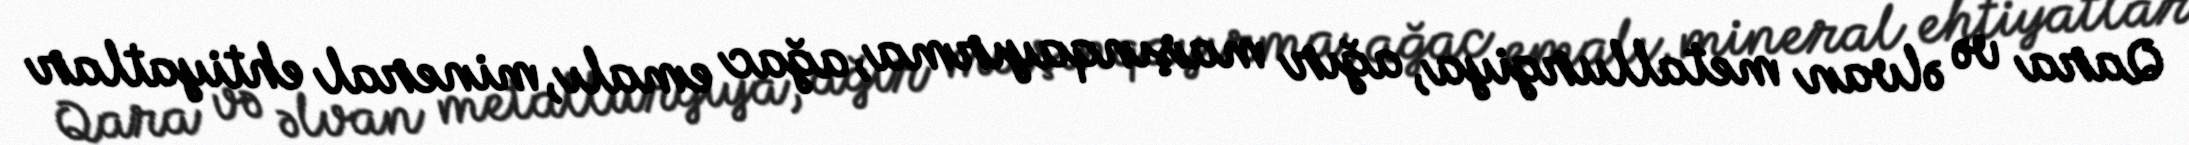
Qara və əlvan metallurgiya, ağır maşınqayırma, ağac emalı, mineral ehtiyatlar